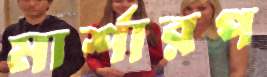
মার্শারপ